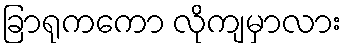
ခြာရုကကော လိုကျမှာလား